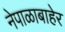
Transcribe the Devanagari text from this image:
नेपाळाबाहेर